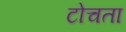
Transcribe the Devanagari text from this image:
टोचता